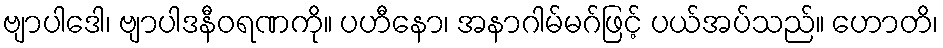
ဗျာပါဒေါ၊ ဗျာပါဒနီဝရဏကို။ ပဟီနော၊ အနာဂါမ်မဂ်ဖြင့် ပယ်အပ်သည်။ ဟောတိ၊